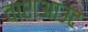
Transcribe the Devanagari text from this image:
वाशआउट